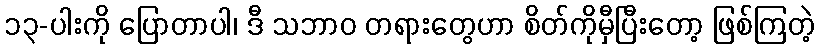
၁၃-ပါးကို ပြောတာပါ၊ ဒီ သဘာဝ တရားတွေဟာ စိတ်ကိုမှီပြီးတော့ ဖြစ်ကြတဲ့